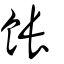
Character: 餦